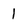
Character: 1